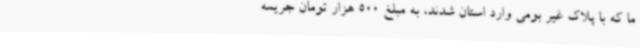
ما که با پلاک غیر بومی وارد استان شدند، به مبلغ 500 هزار تومان جریمه